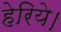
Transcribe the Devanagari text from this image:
हेरिये।